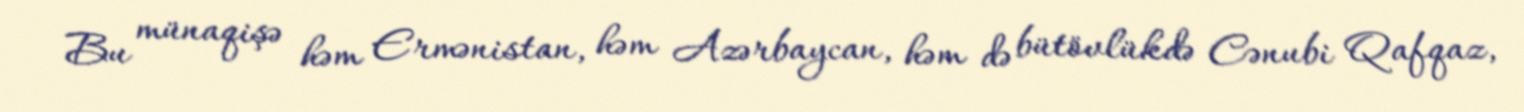
Bu münaqişə həm Ermənistan, həm Azərbaycan, həm də bütövlükdə Cənubi Qafqaz,